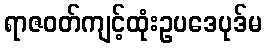
ရာဇဝတ်ကျင့်ထုံးဥပဒေပုဒ်မ